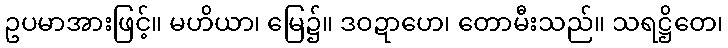
ဥပမာအားဖြင့်။ မဟိယာ၊ မြေ၌။ ဒဝဍာဟေ၊ တောမီးသည်။ သရဋ္ဌိတေ၊